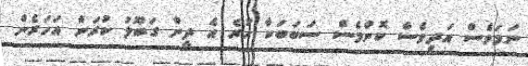
ނަމަވެސް އަދިވެސް ކޮންމެސް ސަބަބަކާ ހުރެ އެ ދީން ގަބޫލު ކުރަން އަހަރެން